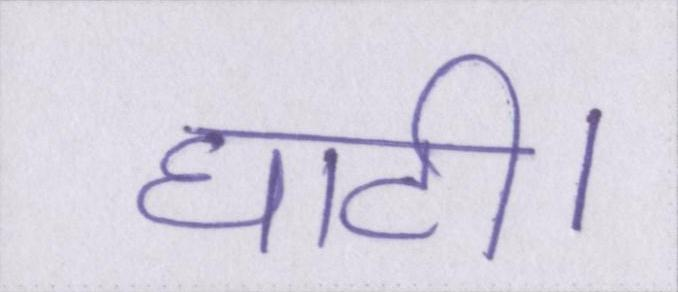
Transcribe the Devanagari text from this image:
घाटी।